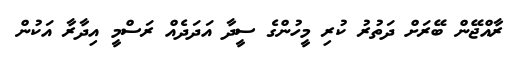
ރާއްޖޭން ބޭރަށް ދަތުރު ކުރި މީހުންގެ ސީދާ އަދަދެއް ރަސްމީ އިދާރާ އަކުން